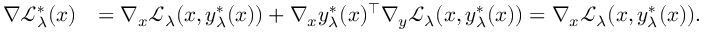
\begin{array} { r l } { \nabla \mathcal { L } _ { \lambda } ^ { * } ( x ) } & { = \nabla _ { x } \mathcal { L } _ { \lambda } ( x , y _ { \lambda } ^ { * } ( x ) ) + \nabla _ { x } y _ { \lambda } ^ { * } ( x ) ^ { \top } \nabla _ { y } \mathcal { L } _ { \lambda } ( x , y _ { \lambda } ^ { * } ( x ) ) = \nabla _ { x } \mathcal { L } _ { \lambda } ( x , y _ { \lambda } ^ { * } ( x ) ) . } \end{array}